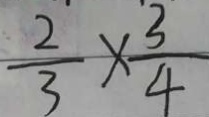
\frac { 2 } { 3 } \times \frac { 3 } { 4 }